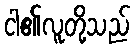
ငါ၏လူတို့သည်